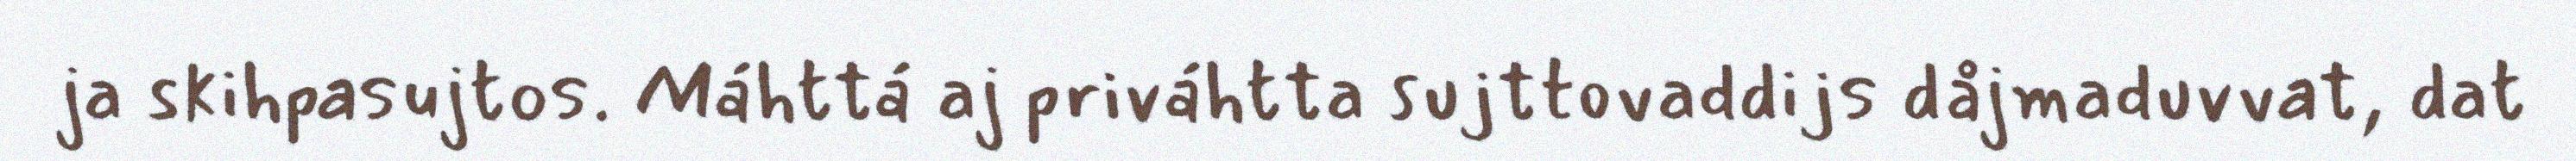
ja skihpasujtos. Máhttá aj priváhtta sujttovaddijs dåjmaduvvat, dat